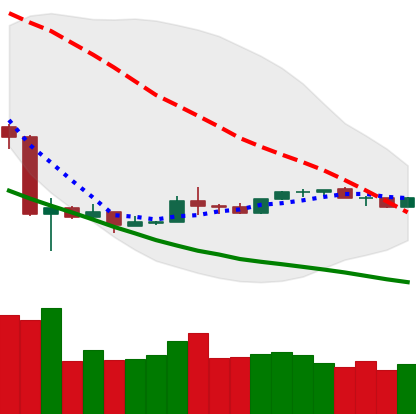
Ticker: NEO-USD
Chart end date: 2020-03-30
Forward return: 8.646%
Label: up_7plus